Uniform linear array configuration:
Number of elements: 12
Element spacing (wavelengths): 1
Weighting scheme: hann
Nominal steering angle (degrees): -60
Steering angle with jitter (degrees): -60.207
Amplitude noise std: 0.05
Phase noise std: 0.05

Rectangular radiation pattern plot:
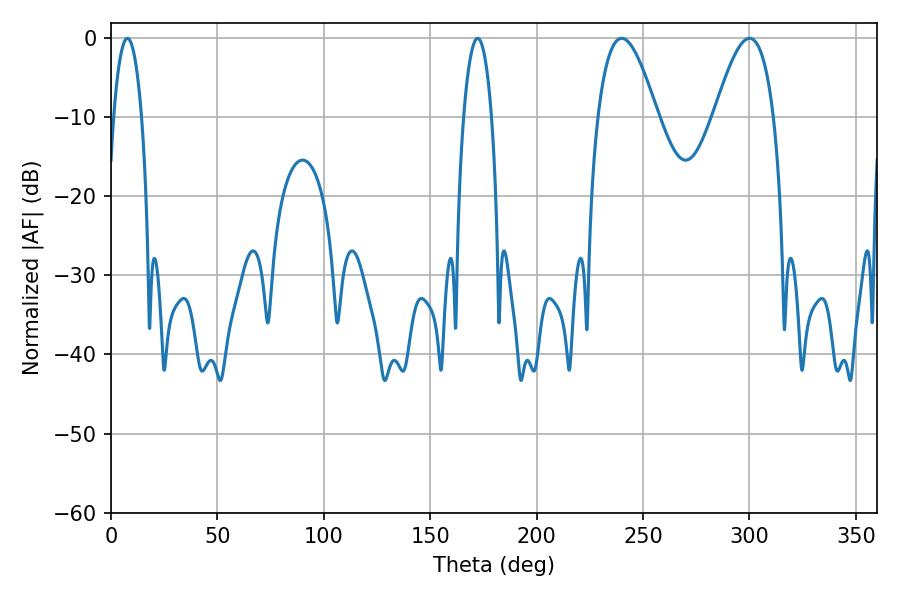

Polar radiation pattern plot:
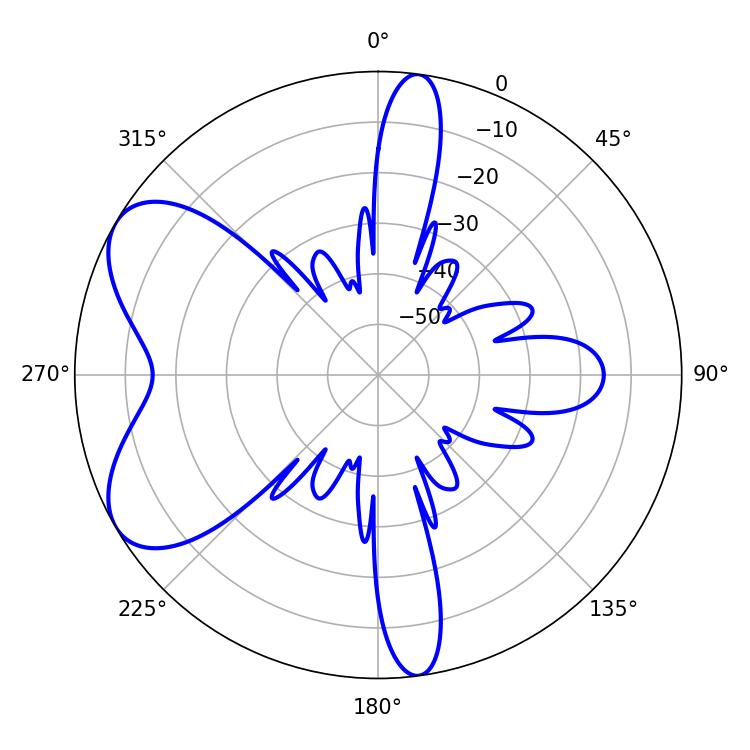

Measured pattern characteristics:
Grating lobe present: TRUE
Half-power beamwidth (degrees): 15.12
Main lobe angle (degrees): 239.94